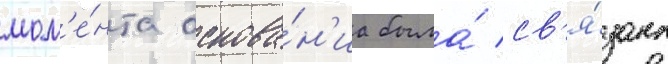
мом'е́нта основа́н'иа была́ св'я́зана